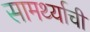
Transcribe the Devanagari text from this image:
सामर्थ्याची